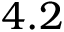
4 . 2